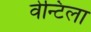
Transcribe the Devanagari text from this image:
वेन्टिला